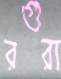
রগুরা